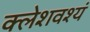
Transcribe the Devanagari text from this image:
क्लेशवश्यं